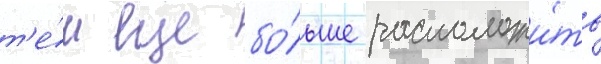
т'е́м еще бо́льше расположи́ть